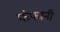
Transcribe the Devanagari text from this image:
फंफानी